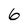
Character: 6